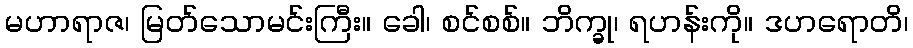
မဟာရာဇ၊ မြတ်သောမင်းကြီး။ ခေါ၊ စင်စစ်။ ဘိက္ခု၊ ရဟန်းကို။ ဒဟရောတိ၊